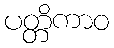
ပတ္တိကာဝ